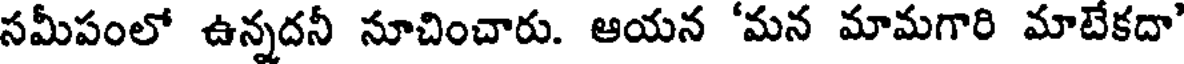
సమీపంలో ఉన్నదనీ సూచించారు. ఆయన 'మన మామగారి మాటేకదా